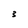
Character: 3